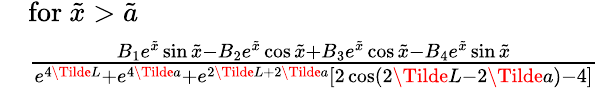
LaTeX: \begin{array}{rl}&{\mathrm{for~}\tilde{x}>\tilde{a}}\\ &{\frac{B_{1}e^{\tilde{x}}\sin{\tilde{x}}-B_{2}e^{\tilde{x}}\cos{\tilde{x}}+B_{3}e^{\tilde{x}}\cos{\tilde{x}}-B_{4}e^{\tilde{x}}\sin{\tilde{x}}}{e^{4\Tilde{L}}+e^{4\Tilde{a}}+e^{2\Tilde{L}+2\Tilde{a}}[2\cos(2\Tilde{L}-2\Tilde{a})-4]}}\end{array}